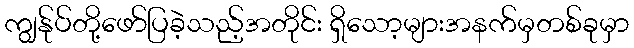
ကျွန်ုပ်တို့ဖော်ပြခဲ့သည့်အတိုင်း ရှိသော့များအနက်မှတစ်ခုမှာ